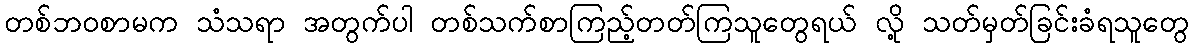
တစ်ဘဝစာမက သံသရာ အတွက်ပါ တစ်သက်စာကြည့်တတ်ကြသူတွေရယ် လို့ သတ်မှတ်ခြင်းခံရသူတွေ